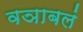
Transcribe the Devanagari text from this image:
वञाबलं